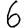
Digit: 6